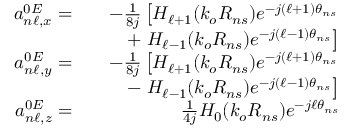
\begin{array} { r l r } { a _ { n \ell , x } ^ { 0 E } = } & { } & { - \frac { 1 } { 8 j } \left[ H _ { \ell + 1 } ( k _ { o } R _ { n s } ) e ^ { - j ( \ell + 1 ) \theta _ { n s } } \right. } \\ & { } & { + \left. H _ { \ell - 1 } ( k _ { o } R _ { n s } ) e ^ { - j ( \ell - 1 ) \theta _ { n s } } \right] } \\ { a _ { n \ell , y } ^ { 0 E } = } & { } & { - \frac { 1 } { 8 j } \left[ H _ { \ell + 1 } ( k _ { o } R _ { n s } ) e ^ { - j ( \ell + 1 ) \theta _ { n s } } \right. } \\ & { } & { - \left. H _ { \ell - 1 } ( k _ { o } R _ { n s } ) e ^ { - j ( \ell - 1 ) \theta _ { n s } } \right] } \\ { a _ { n \ell , z } ^ { 0 E } = } & { } & { \frac { 1 } { 4 j } H _ { 0 } ( k _ { o } R _ { n s } ) e ^ { - j \ell \theta _ { n s } } } \end{array}